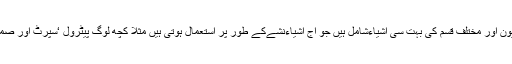
آج کے دور میں نشہ آور اشیاء عام ہیں جن میں سگریٹ نوشی‘شراب ‘جواء‘ہیروئن‘افیون اور مختلف قسم کی بہت سی اشیاءشامل ہیں جو آج اشیاءنشےکے طور پر استعمال ہوتی ہیں مثلاً کچھ لوگ پیٹرول ‘سپرٹ اور صمد باؤنڈ وغیرہ شامل ہیں اس کے علاوہ شیشہ ہمارے ملک میں عام استعمال ہوتی ہے۔